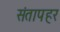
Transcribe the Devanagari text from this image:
संतापहर